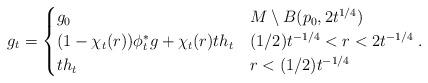
LaTeX: \begin{align*}g_t =\begin{cases}g_{0} & M \setminus B(p_0, 2 t^{1/4}) \\(1 - \chi_{t}(r) )\phi_{t}^* g + \chi_{t}(r) t h_{t} & (1/2) t^{-1/4} < r < 2 t^{-1/4}\\t h_{t} & r < (1/2) t^{-1/4} \\\end{cases}.\end{align*}